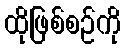
ထိုဖြစ်စဉ်ကို